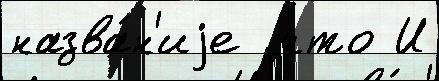
назва́н'иjе  что И